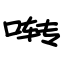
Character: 啭